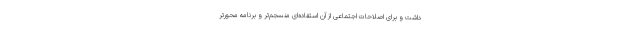
داشت و برای اصلاحات اجتماعی از آن استفاده‌ای منسجم‌تر و برنامه محور‌تر